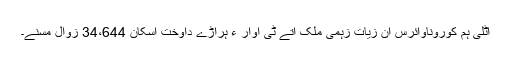
اٹلی ہم کوروناوائرس آن زیات زہمی ملک آتے ٹی اوار ءِ ہراڑے داوخت اسکان 34،644 زوال مسنے۔